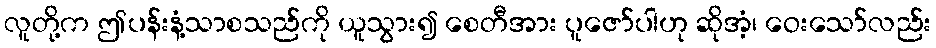
လူတို့က ဤပန်းနံ့သာစသည်ကို ယူသွား၍ စေတီအား ပူဇော်ပါဟု ဆိုအံ့၊ ဝေးသော်လည်း